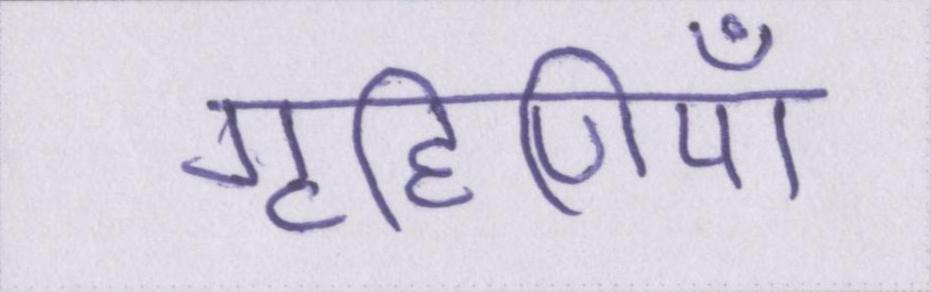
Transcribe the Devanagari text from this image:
गृहिणियाँ